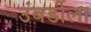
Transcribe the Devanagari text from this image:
उंबर्डीला